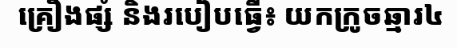
គ្រឿងផ្សំ និងរបៀបធ្វើ៖ យកក្រូចឆ្មារ៤